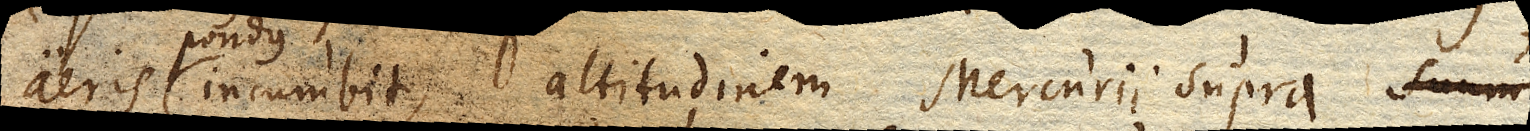
aeris pondus incumbit, altitudinem Mercurii supra suum